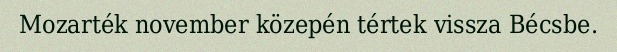
Mozarték november közepén tértek vissza Bécsbe.